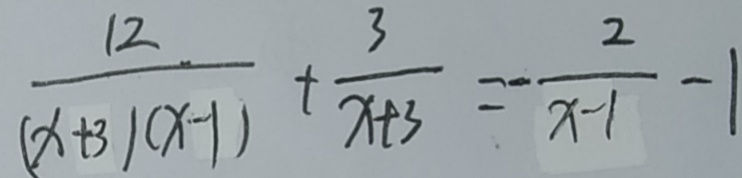
\frac { 1 2 } { ( x + 3 ) ( x - 1 ) } + \frac { 3 } { x + 3 } = - \frac { 2 } { x - 1 } - 1